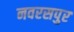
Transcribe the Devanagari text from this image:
नवरसपुर